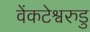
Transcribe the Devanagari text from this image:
वेंकटेश्वरुडु